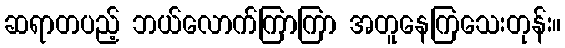
ဆရာတပည့် ဘယ်လောက်ကြာကြာ အတူနေကြသေးတုန်း။